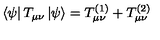
\left< \psi \right| T _ { \mu \nu } \left| \psi \right> = T _ { \mu \nu } ^ { ( 1 ) } + T _ { \mu \nu } ^ { ( 2 ) }